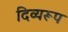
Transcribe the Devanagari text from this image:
दिव्यरूप